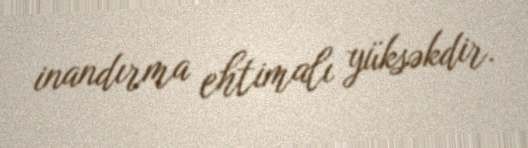
inandırma ehtimalı yüksəkdir.